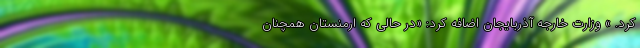
کرد. » وزارت خارجه آذربایجان اضافه کرد: «در حالی که ارمنستان همچنان